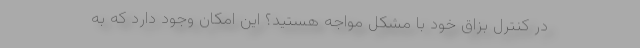
در کنترل بزاق خود با مشکل مواجه هستید؟ این امکان وجود دارد که به